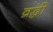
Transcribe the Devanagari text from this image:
व्रद्धी